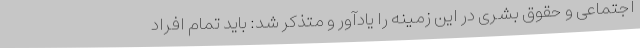
اجتماعی و حقوق بشری در این زمینه را یادآور و متذکر شد: باید تمام افراد